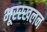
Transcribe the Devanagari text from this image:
भूस्स्खलन